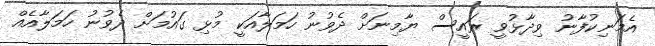
އެމަނިކުފާނު ވިދާޅުވީ ރައީސް ޔާމިނަށް ދެވުނު ހަމަލާއަކީ މުޅި ގައުމަށް ދެވުނު ހަމަލާއެއް